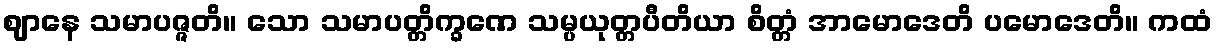
ဈာနေ သမာပဇ္ဇတိ။ သော သမာပတ္တိက္ခဏေ သမ္ပယုတ္တပီတိယာ စိတ္တံ အာမောဒေတိ ပမောဒေတိ။ ကထံ